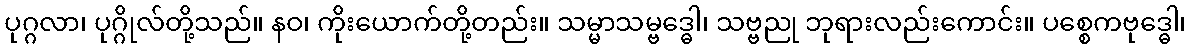
ပုဂ္ဂလာ၊ ပုဂ္ဂိုလ်တို့သည်။ နဝ၊ ကိုးယောက်တို့တည်း။ သမ္မာသမ္ဗဒ္ဓေါ၊ သဗ္ဗညု ဘုရားလည်းကောင်း။ ပစ္စေကဗုဒ္ဓေါ၊